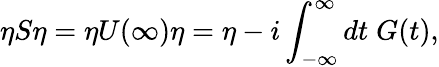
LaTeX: \eta S\eta=\eta U(\infty)\eta=\eta-i\int_{-\infty}^{\infty}dt\; G(t),